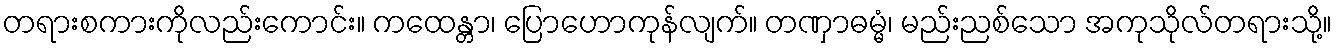
တရားစကားကိုလည်းကောင်း။ ကထေန္တာ၊ ပြောဟောကုန်လျက်။ တဏှာဓမ္မံ၊ မည်းညစ်သော အကုသိုလ်တရားသို့။